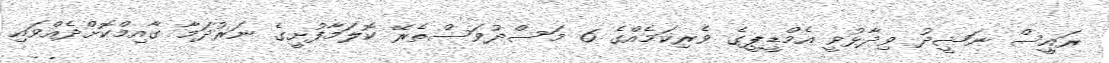
ރައީސް ނަޝީދު ވިދާޅުވީ އެމްޑީޕީގެ ވެރިކަމެއްގެ 6 މަސްދުވަސްތެރޭ ކޮލަމާފުށީގެ ނަރުދަމާ ގާއިމްކޮށްދެއްވައި